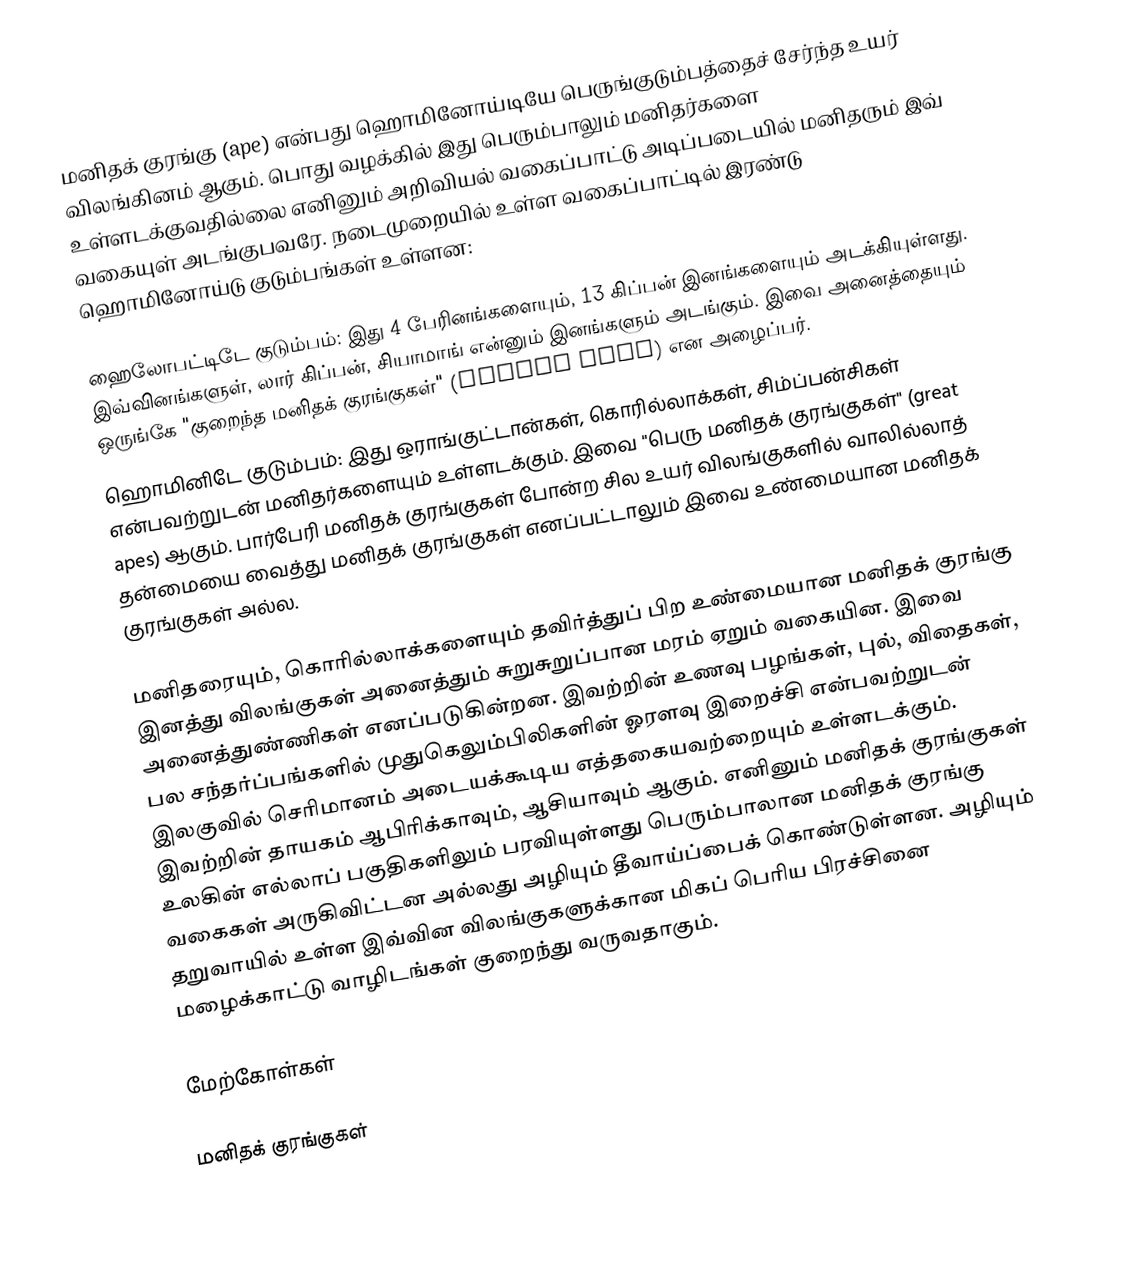
மனிதக் குரங்கு (ape) என்பது ஹொமினோய்டியே பெருங்குடும்பத்தைச் சேர்ந்த உயர் விலங்கினம் ஆகும். பொது வழக்கில் இது பெரும்பாலும் மனிதர்களை உள்ளடக்குவதில்லை எனினும் அறிவியல் வகைப்பாட்டு அடிப்படையில் மனிதரும் இவ் வகையுள் அடங்குபவரே. நடைமுறையில் உள்ள வகைப்பாட்டில் இரண்டு ஹொமினோய்டு குடும்பங்கள் உள்ளன:

 ஹைலோபட்டிடே குடும்பம்: இது 4 பேரினங்களையும், 13 கிப்பன் இனங்களையும் அடக்கியுள்ளது. இவ்வினங்களுள், லார் கிப்பன், சியாமாங் என்னும் இனங்களும் அடங்கும். இவை அனைத்தையும் ஒருங்கே "குறைந்த மனிதக் குரங்குகள்" (lesser apes) என அழைப்பர்.
 ஹொமினிடே குடும்பம்: இது ஒராங்குட்டான்கள், கொரில்லாக்கள், சிம்ப்பன்சிகள் என்பவற்றுடன் மனிதர்களையும் உள்ளடக்கும். இவை "பெரு மனிதக் குரங்குகள்" (great apes) ஆகும். பார்பேரி மனிதக் குரங்குகள் போன்ற சில உயர் விலங்குகளில் வாலில்லாத் தன்மையை வைத்து மனிதக் குரங்குகள் எனப்பட்டாலும் இவை உண்மையான மனிதக் குரங்குகள் அல்ல.

மனிதரையும், கொரில்லாக்களையும் தவிர்த்துப் பிற உண்மையான மனிதக் குரங்கு இனத்து விலங்குகள் அனைத்தும் சுறுசுறுப்பான மரம் ஏறும் வகையின. இவை அனைத்துண்ணிகள் எனப்படுகின்றன. இவற்றின் உணவு பழங்கள், புல், விதைகள், பல சந்தர்ப்பங்களில் முதுகெலும்பிலிகளின் ஓரளவு இறைச்சி என்பவற்றுடன் இலகுவில் செரிமானம் அடையக்கூடிய எத்தகையவற்றையும் உள்ளடக்கும். இவற்றின் தாயகம் ஆபிரிக்காவும், ஆசியாவும் ஆகும். எனினும் மனிதக் குரங்குகள் உலகின் எல்லாப் பகுதிகளிலும் பரவியுள்ளது பெரும்பாலான மனிதக் குரங்கு வகைகள் அருகிவிட்டன அல்லது அழியும் தீவாய்ப்பைக் கொண்டுள்ளன. அழியும் தறுவாயில் உள்ள இவ்வின விலங்குகளுக்கான மிகப் பெரிய பிரச்சினை மழைக்காட்டு வாழிடங்கள் குறைந்து வருவதாகும்.

மேற்கோள்கள்

மனிதக் குரங்குகள்